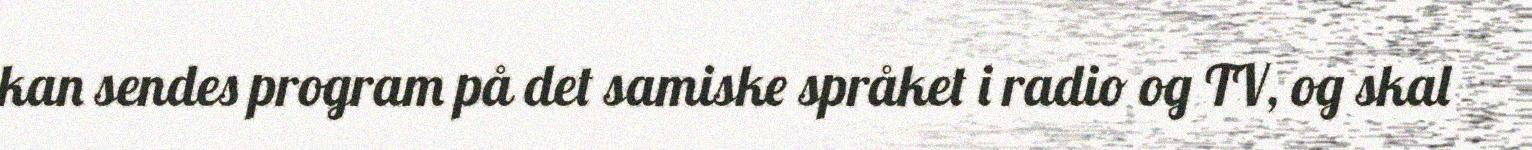
kan sendes program på det samiske språket i radio og TV, og skal